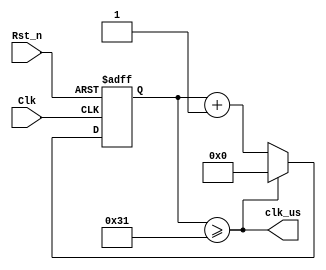
/*================================================*\
		  Filenameclk_div.v
			 AuthorXuKunyao
	  Description1us
  Target Devices: XC6SLX16-2FTG256-2C
   Tool versions: ISE 14.6(nt64/P.68d) 
  			  Email905407267@qq.com
			Company
\*================================================*/

module 	clk_div(
	input  wire			Clk		, //system clock 50MHz
	input  wire 		Rst_n	, //reset low valid
		   
	output wire  		clk_us 	  //
);
//Parameter Declarations
	parameter CNT_MAX = 19'd50;//1us 50 * Tclk20ns

//Interrnal wire/reg declarations
	reg		[5:00]	cnt		; //Counter 
	wire			add_cnt ; //Counter Enable
	wire			end_cnt ; //Counter Reset 
	
//Logic Description
	
	always @(posedge Clk or negedge Rst_n)begin  
		if(!Rst_n)begin  
			cnt <= 'd0; 
		end  
		else if(add_cnt)begin  
			if(end_cnt)begin  
				cnt <= 'd0; 
			end  
			else begin  
				cnt <= cnt + 1'b1; 
			end  
		end  
		else begin  
			cnt <= cnt;  
		end  
	end 
	
	assign add_cnt = 1'b1; 
	assign end_cnt = add_cnt && cnt >= CNT_MAX - 19'd1;
	
	assign clk_us = end_cnt;
	

endmodule